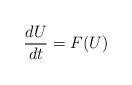
LaTeX: \begin{align*} {dU\over dt} = F(U) \end{align*}